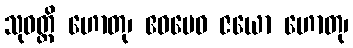
သုဝတ္ထိ ဟောတု၊ ဧဝမေဝ ဇယော ဟောတု၊